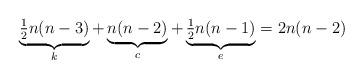
LaTeX: \begin{align*}\underbrace{\tfrac12 n(n-3)}_{k} + \underbrace{n(n-2)}_{c} + \underbrace{\tfrac12 n(n-1)}_{e}= 2n(n-2)\end{align*}